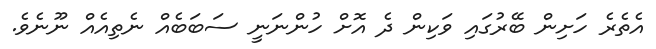
އެތެރެ ހަށިން ބޭރުގައި ވަކިން ދެ އޮށް ހުންނަނީ ސަބަބެއް ނެތިއެއް ނޫނެވެ.